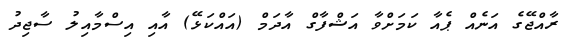
ރާއްޖޭގެ އަނެއް ޕެއާ ކަމަށްވާ އަޝްފާގް އާދަމް (އައްކަޅޭ) އާއި އިސްމާއިލު ސާޖިދު